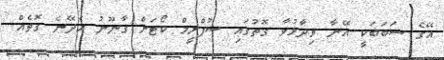
އޭގެ ސަބަބަކީ އޭނާ ވިދާޅުވާ ގޮތުގައި ސުޕްރީމް ކޯޓަށް ގާނޫނު ހެދޭނެ ގޮތެއް